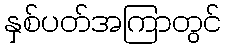
နှစ်ပတ်အကြာတွင်